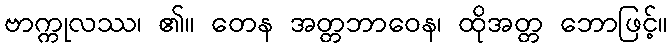
ဗာက္ကုလဿ၊ ၏။ တေန အတ္တဘာဝေန၊ ထိုအတ္တ ဘောဖြင့်။